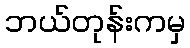
ဘယ်တုန်းကမှ